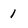
Character: 1